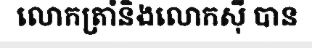
លោកត្រាំនិងលោកស៊ី បាន